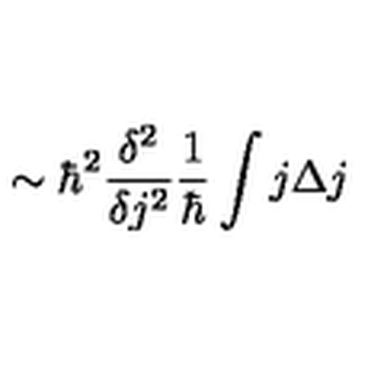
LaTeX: \sim \hbar ^ { 2 } \frac { \delta ^ { 2 } } { \delta j ^ { 2 } } \frac { 1 } { \hbar } \int j \Delta j